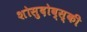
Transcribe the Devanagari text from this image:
शोसुदोव्स्की